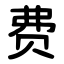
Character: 费